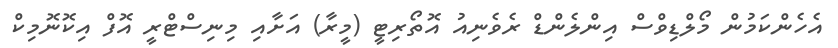
އެހެންކަމުން މޯލްޑިވްސް އިންލެންޑް ރެވެނިއު އޮތޯރިޓީ (މީރާ) އަށާއި މިނިސްޓްރީ އޮފް އިކޮނޮމިކް